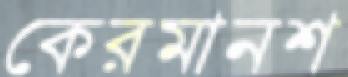
কেরমানশ